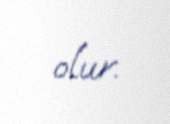
olur.